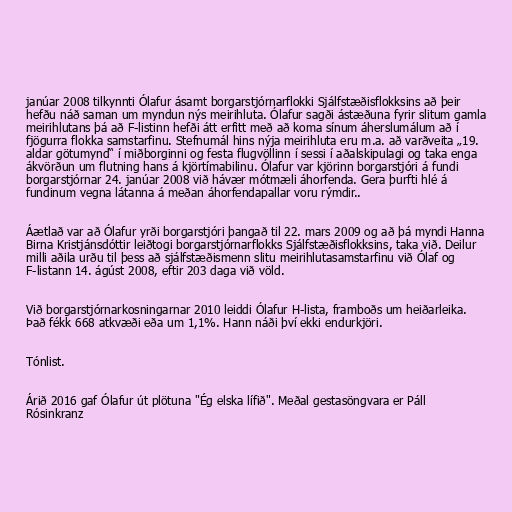
janúar 2008 tilkynnti Ólafur ásamt borgarstjórnarflokki Sjálfstæðisflokksins að þeir
hefðu náð saman um myndun nýs meirihluta. Ólafur sagði ástæðuna fyrir slitum gamla
meirihlutans þá að F-listinn hefði átt erfitt með að koma sínum áherslumálum að í
fjögurra flokka samstarfinu. Stefnumál hins nýja meirihluta eru m.a. að varðveita „19.
aldar götumynd“ í miðborginni og festa flugvöllinn í sessi í aðalskipulagi og taka enga
ákvörðun um flutning hans á kjörtímabilinu. Ólafur var kjörinn borgarstjóri á fundi
borgarstjórnar 24. janúar 2008 við hávær mótmæli áhorfenda. Gera þurfti hlé á
fundinum vegna látanna á meðan áhorfendapallar voru rýmdir..

Áætlað var að Ólafur yrði borgarstjóri þangað til 22. mars 2009 og að þá myndi Hanna
Birna Kristjánsdóttir leiðtogi borgarstjórnarflokks Sjálfstæðisflokksins, taka við. Deilur
milli aðila urðu til þess að sjálfstæðismenn slitu meirihlutasamstarfinu við Ólaf og
F-listann 14. ágúst 2008, eftir 203 daga við völd.

Við borgarstjórnarkosningarnar 2010 leiddi Ólafur H-lista, framboðs um heiðarleika.
Það fékk 668 atkvæði eða um 1,1%. Hann náði því ekki endurkjöri.

Tónlist.

Árið 2016 gaf Ólafur út plötuna "Ég elska lífið". Meðal gestasöngvara er Páll
Rósinkranz